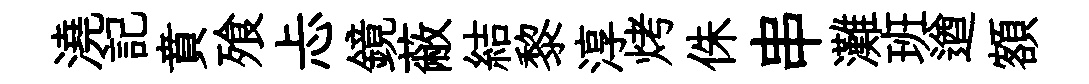
澆記賁飱忐鏡蔽結黎淳烤侏串灘班遒額